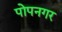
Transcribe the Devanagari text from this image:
पोपनगर